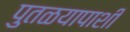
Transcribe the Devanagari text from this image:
पुतळयापाशी